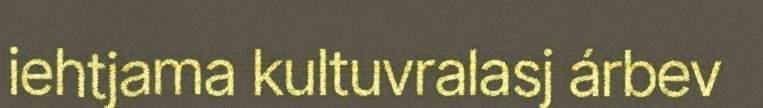
iehtjama kultuvralasj árbev